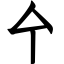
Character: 㐃